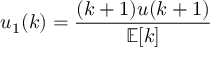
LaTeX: u _ { 1 } ( k ) = { \frac { ( k + 1 ) u ( k + 1 ) } { \mathbb { E } [ k ] } }